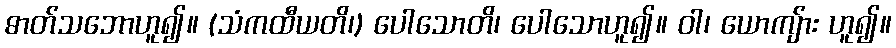
ဓာတ်သဘောဟူ၍။ (သံကထီယတိ၊) ပေါသောတိ၊ ပေါသောဟူ၍။ ဝါ၊ ယောကျ်ား ဟူ၍။